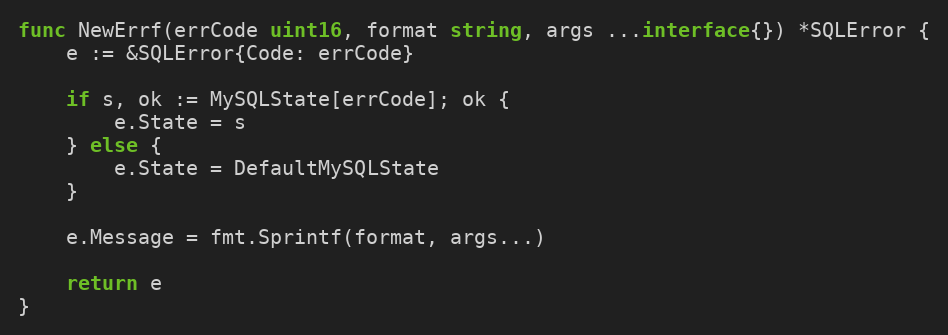
Language: Go
func NewErrf(errCode uint16, format string, args ...interface{}) *SQLError {
	e := &SQLError{Code: errCode}

	if s, ok := MySQLState[errCode]; ok {
		e.State = s
	} else {
		e.State = DefaultMySQLState
	}

	e.Message = fmt.Sprintf(format, args...)

	return e
}